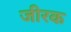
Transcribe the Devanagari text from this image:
जीरक